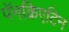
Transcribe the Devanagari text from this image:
पॅनक्रिएटिन